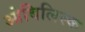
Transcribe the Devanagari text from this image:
ओबिलिस्क